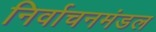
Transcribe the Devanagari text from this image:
निर्वाचनमंडल